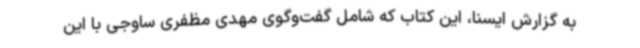
به گزارش ایسنا، این کتاب که شامل گفت‌وگوی مهدی مظفری ساوجی با این